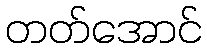
တတ်အောင်